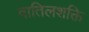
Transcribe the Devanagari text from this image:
वातिलशक्ति